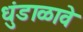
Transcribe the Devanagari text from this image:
धुंडाळावे